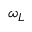
\omega _ { L }